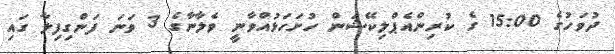
ދުވަހުގެ 15:00 ގެ ކުރިންއެޕްލިކޭޝަން ހުށަހަޅުއްވާނީ ވެލާނާގެ 3 ވަނަ ފަންގިފިލާ ގައި